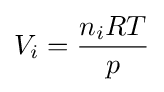
V_{i}={\frac {n_{i}RT}{p}}